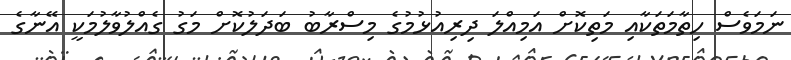
ނަމަވެސް ހިތާމަތަކާއި މަތިކޮށް އަމިއްލަ ދިރިއުޅުމުގެ މިސްރާބު ބަދަލުކޮށް މަގު ގެއްލުވާލުމަކީ އޭނާގެ